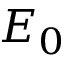
E _ { 0 }